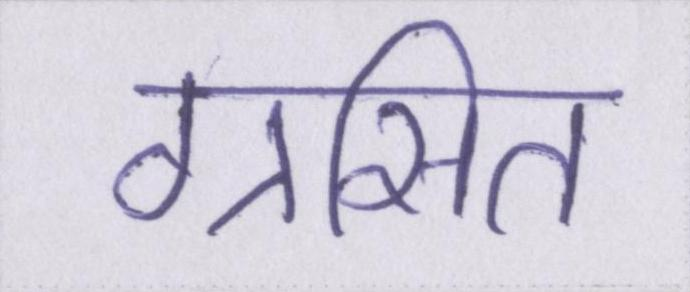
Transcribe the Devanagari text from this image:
ग्रसित